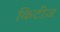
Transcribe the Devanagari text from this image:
किटीज़